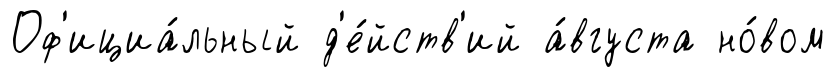
Оф'ициа́льный д'е́йств'ий а́вгуста но́вом